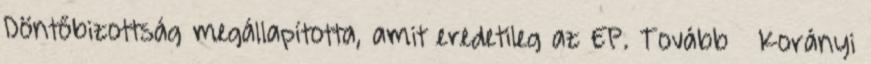
Döntőbizottság megállapította, amit eredetileg az EP. Tovább › ›Korányi